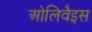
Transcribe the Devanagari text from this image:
ओलिवैइस